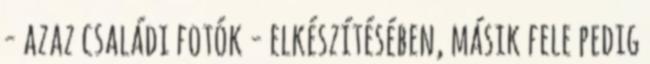
- azaz családi fotók - elkészítésében, másik fele pedig